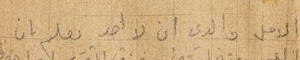
الامل والدي ان لا احد يعلم بان